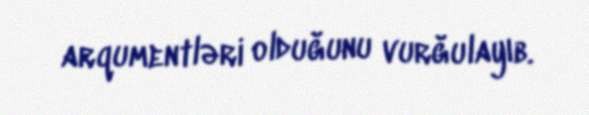
arqumentləri olduğunu vurğulayıb.